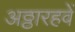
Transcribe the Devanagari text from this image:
अठ्ठारहवें